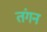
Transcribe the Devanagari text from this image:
तंगन